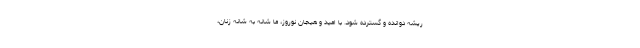
ریشه دوانده و گسترده شود. با امید و هیجان نوروز، ما شانه به شانه زنان،